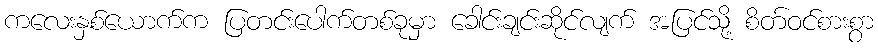
ကလေးနှစ်ယောက်က ပြတင်းပေါက်တစ်ခုမှာ ခေါင်းချင်းဆိုင်လျက် အပြင်သို့ စိတ်ဝင်စားစွာ